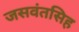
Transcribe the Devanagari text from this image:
जसवंतसिह